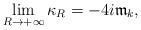
LaTeX: \begin{align*} \lim_{R\to+\infty}\kappa_R=-4i{\mathfrak m}_k,\end{align*}